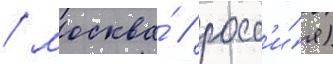
/ москва́ / росс'и́я)